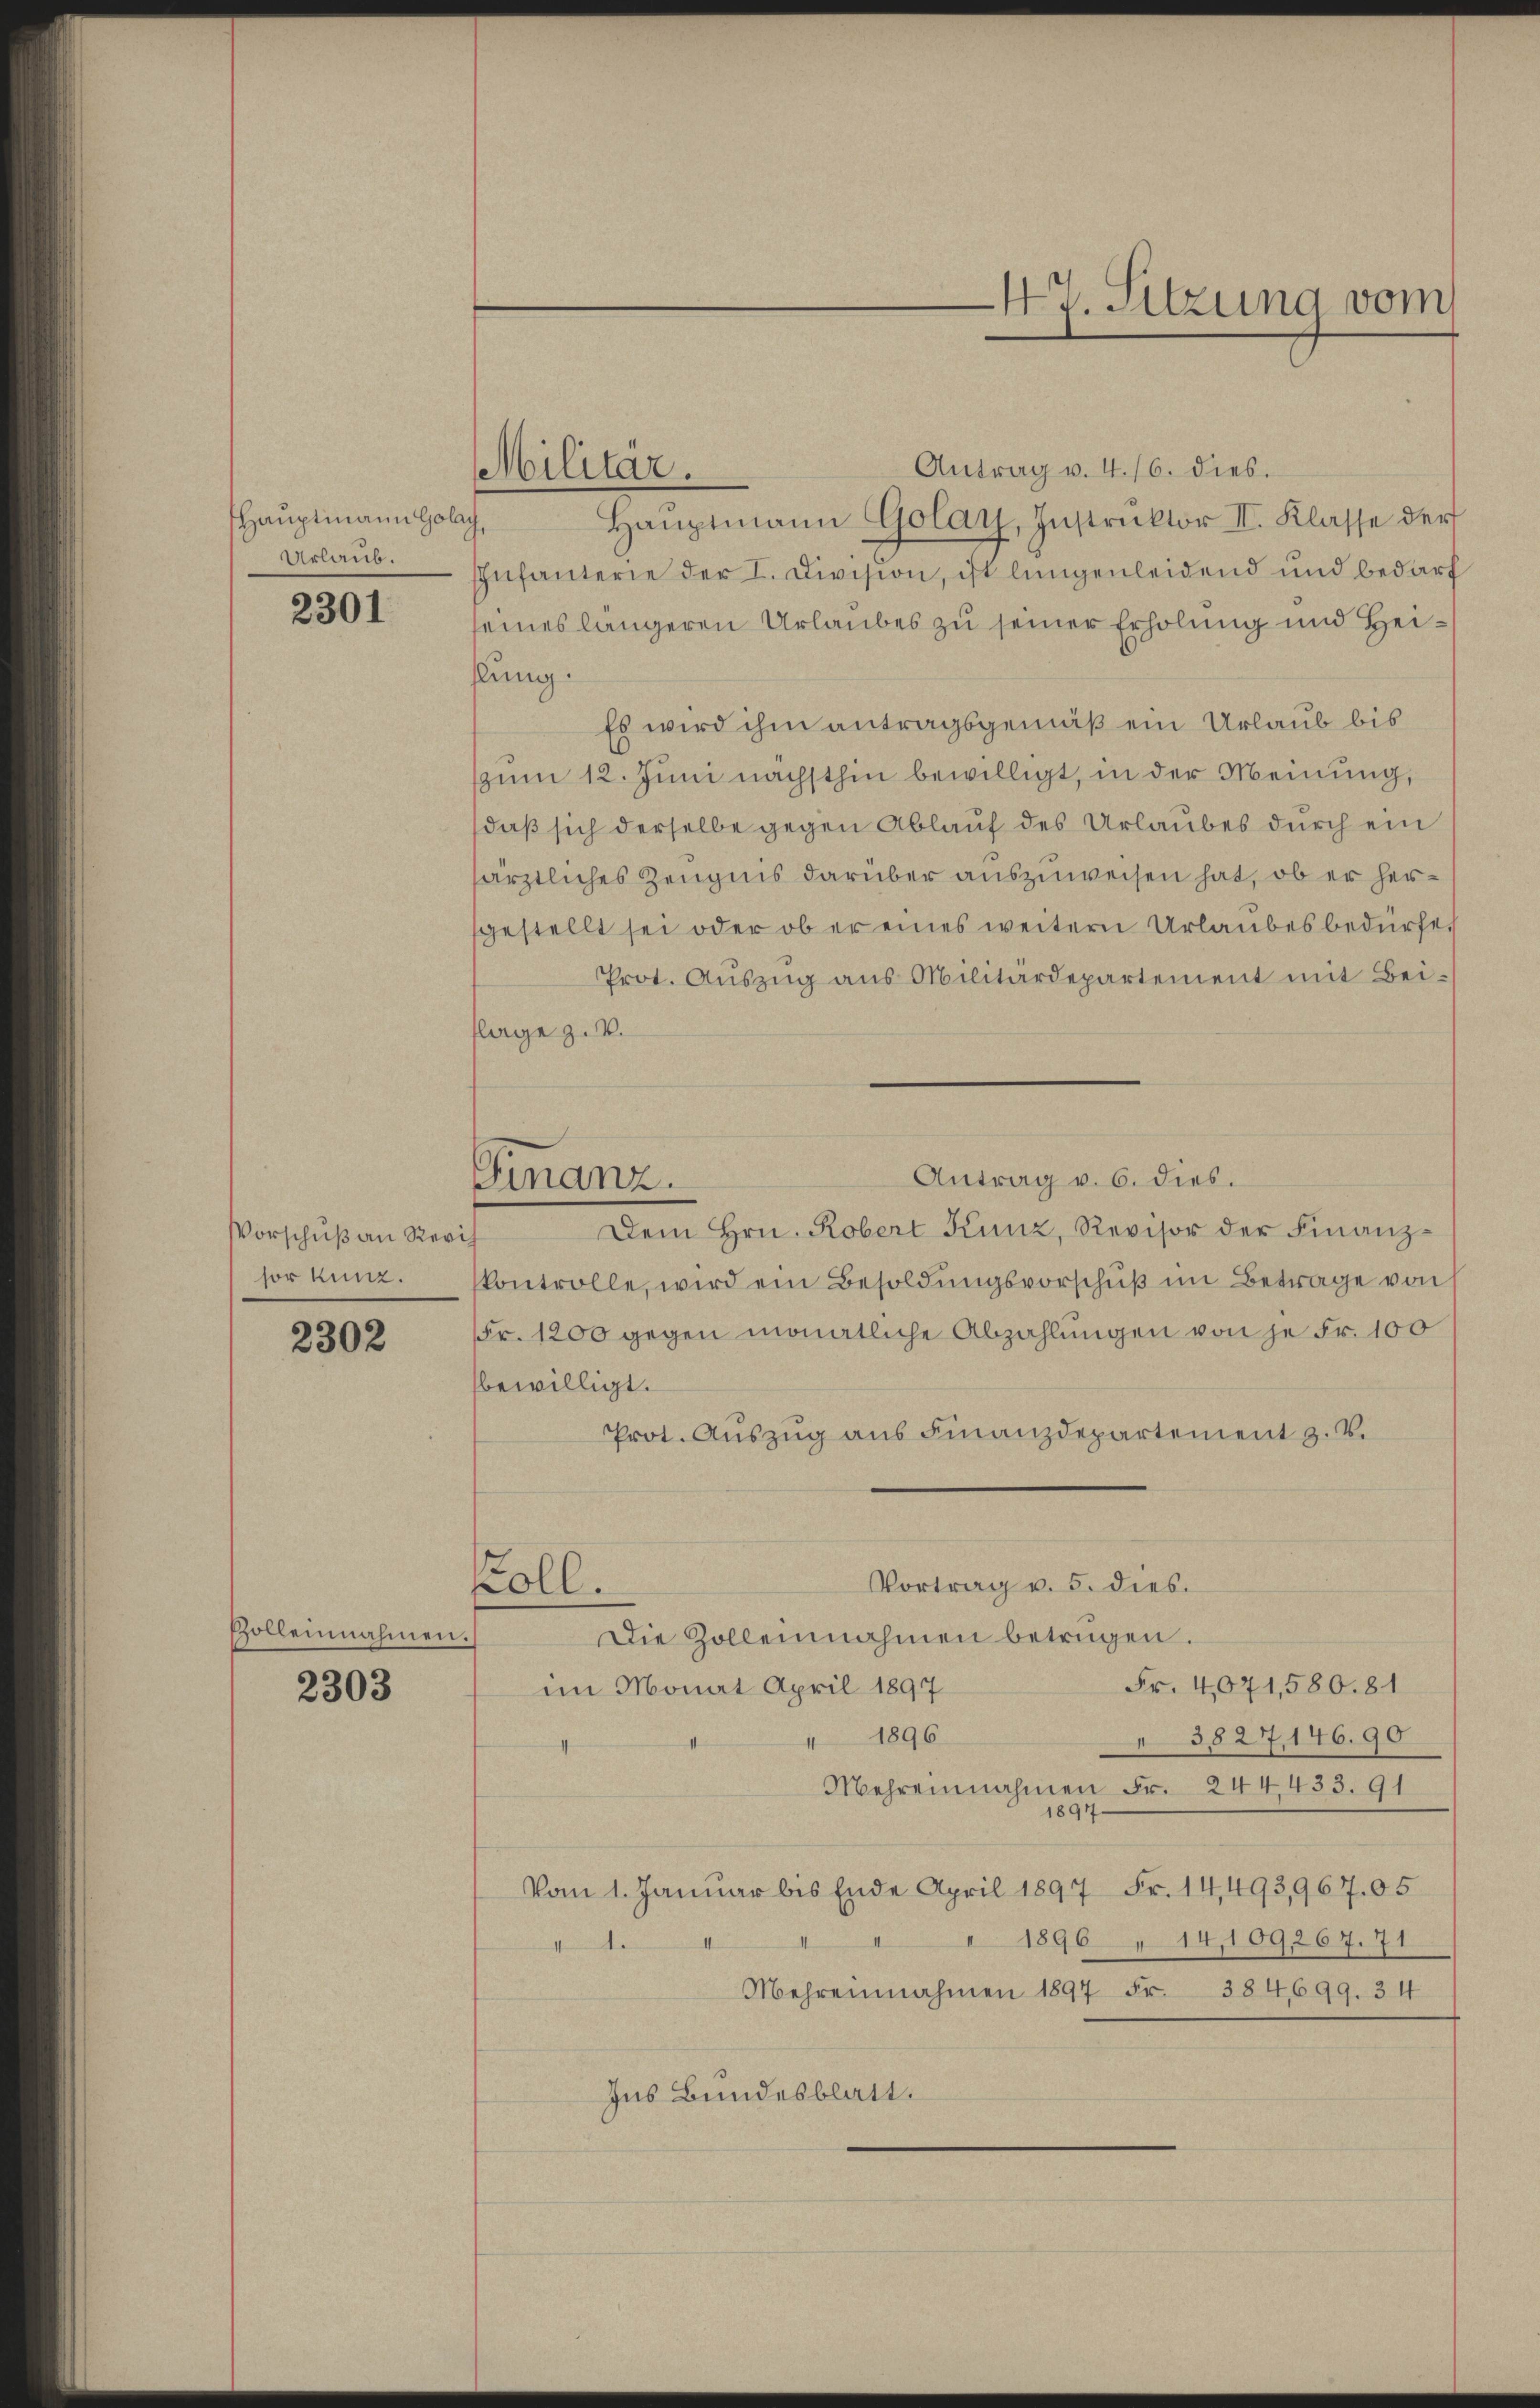
Hauptmann Golach
Urlaub.

2301

Vorschuß an Revi
sorkung.

2302

solleinnahmen.

2303

Militär.

Finanz.

47. Sitzung vom

Antrag v. 4. 16. dies.
Haŭptmann Golay, Instruktor II. Klasse der
Infanterie der I. Division, ist langenleidend und bedarf
eines längeren Urlaubes zu seiner Erholung und Heiklung.
Es wird ihm antragsgemäß ein Urlaub bis
zum 12. Juni nächsthin bewilligt, in der Meinung,
daß sich derselbe gegen Ablauf des Urlaubes durch ein
ärztliches Zeugnis darüber auszuweisen hat, ob er hergestellt sei oder ob er eines weitern Urlaubes bedürfe,
Prot. Auszug aus Militärdepartement mit Beiflage z. B.
Antrag v. 6. dies.
Dem Hrn. Robert Kunz, Revisor der Finanzskontrolle, wird ein Besoldungsvorschuß im Betrage von
Fr. 1200 gegen monatliche Abzahlungen von je Fr. 100
bewilligt.
Prot. Auszug aus Finanzdepartement z. B.
Vortrag v. 5. dies.
oll.
Die Zollennahmen betrügen.
Fr. 4071,580. 81
im Monat April 1897
1896
3827,146.90
II
Mehreinnahmen Fr. 244, 433. 91
1897
Vom 1. Januar bis Ende April 1897 Fr. 14,493,967. 05
 1896 " 14,109267. 71
Ite
Mehrennahmen 1897 Fr. 384,699. 34
Ius Bundesblatt.